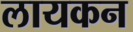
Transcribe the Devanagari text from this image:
लायकन